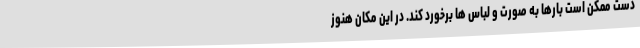
دست ممکن است بارها به صورت و لباس ها برخورد کند. در این مکان هنوز